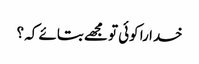
خدا را کوئی تو مجھے بتائے کہ ؟